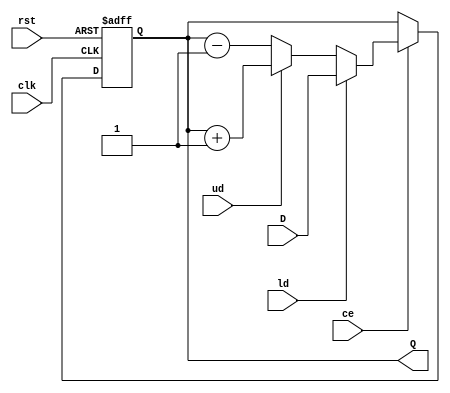
`timescale 1ns / 1ps
//////////////////////////////////////////////////////////////////////////////////
// Company: 
// Engineer: 
// 
// Design Name: 
// Module Name: UD_counter
// Project Name: 
// Target Devices: 
// Tool Versions: 
// Description: 
// 
// Dependencies: 
// 
// Revision:
// Revision 0.01 - File Created
// Additional Comments:
// 
//////////////////////////////////////////////////////////////////////////////////


module Div_UD_counter #(parameter bus_width = 4)(
    input clk,                            // Synchronous Clock
    input rst,                            // Synchronous Reset
    input [bus_width - 1 : 0] D,          // Input Data
    input ld,                             // Control Signal - load
    input ud,                             // Control Signal - up/down
    input ce,                             // Control Signal - clock enable
    output reg [bus_width - 1 : 0] Q      // Output Data
    );
    
always @ (posedge clk, negedge rst)
begin
    if (!rst)
        Q = 0;
    else if (ce)
        begin
            if (ld)
                Q = D;
            else if (ud)
                Q = Q + 1'b1;
            else
                Q = Q - 1'b1;
        end
    else
        Q = Q;
end
endmodule